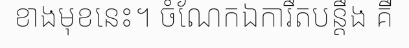
ខាងមុខនេះ។ ចំណែកឯការឹតបន្តឹង គឺ